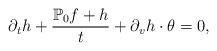
LaTeX: \begin{align*}\partial_th+\frac{\mathbb{P}_0f+h}{t}+\partial_vh\cdot\theta=0,\end{align*}